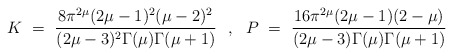
\begin{align*}K ~=~ \frac{8\pi^{2\mu}(2\mu-1)^2(\mu-2)^2}{(2\mu-3)^2 \Gamma(\mu)\Gamma(\mu+1)} ~~,~~ P ~=~ \frac{16\pi^{2\mu}(2\mu-1)(2-\mu)}{(2\mu-3)\Gamma(\mu) \Gamma(\mu+1)}\end{align*}